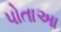
પોતાઆ